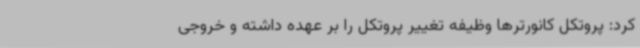
کرد: پروتکل کانورترها وظیفه تغییر پروتکل را بر عهده داشته و خروجی